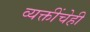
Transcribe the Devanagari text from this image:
व्यक्तींचेही